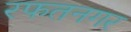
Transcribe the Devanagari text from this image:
रफतनगर